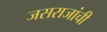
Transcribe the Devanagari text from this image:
जसराजांची